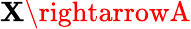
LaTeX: \mathbf{X}\rightarrowA